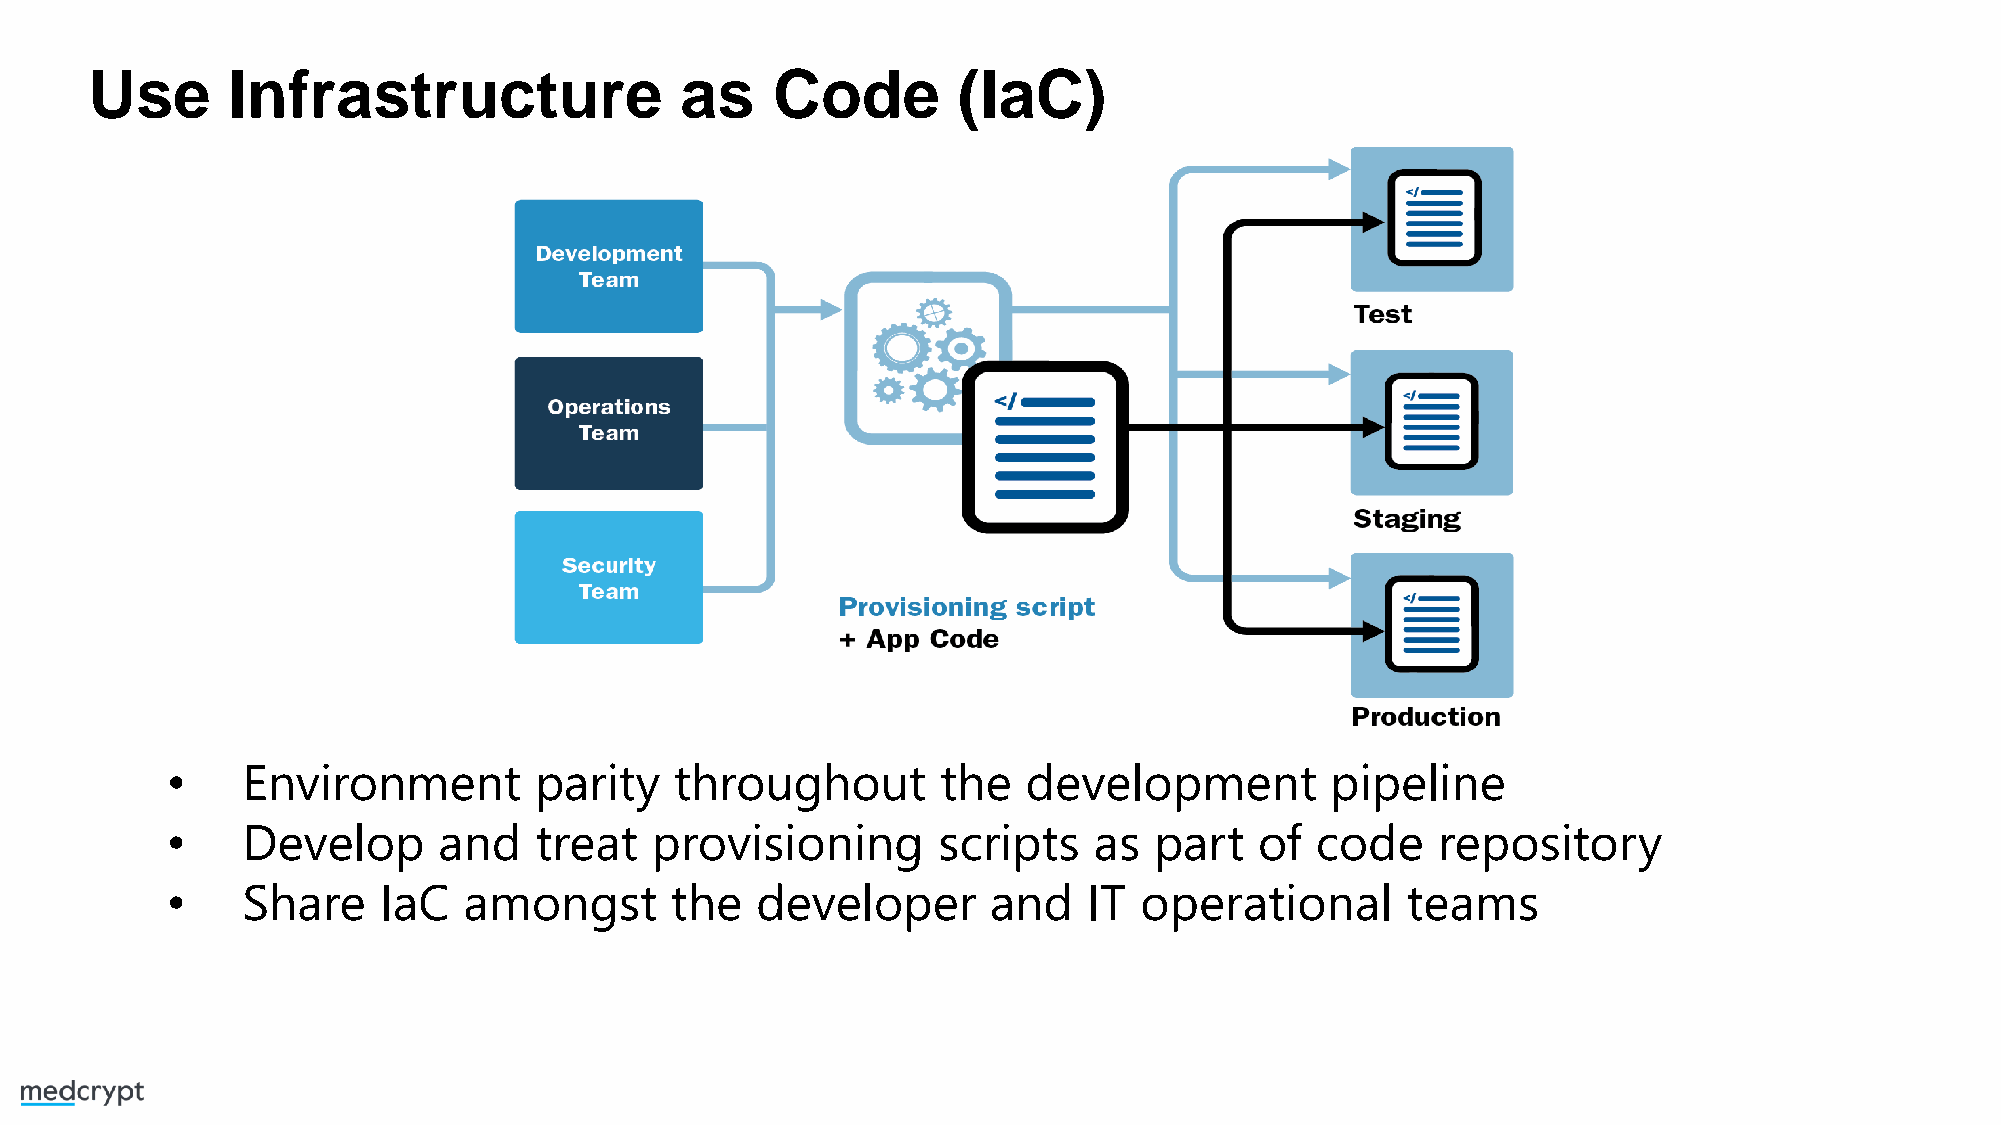
Use      Infrastructure                as    Code        (IaC)
 •    Environment        parity    throughout       the   development         pipeline
 •    Develop      and   treat   provisioning       scripts   as  part   of  code    repository
 •    Share    IaC   amongst      the   developer      and    IT operational       teams